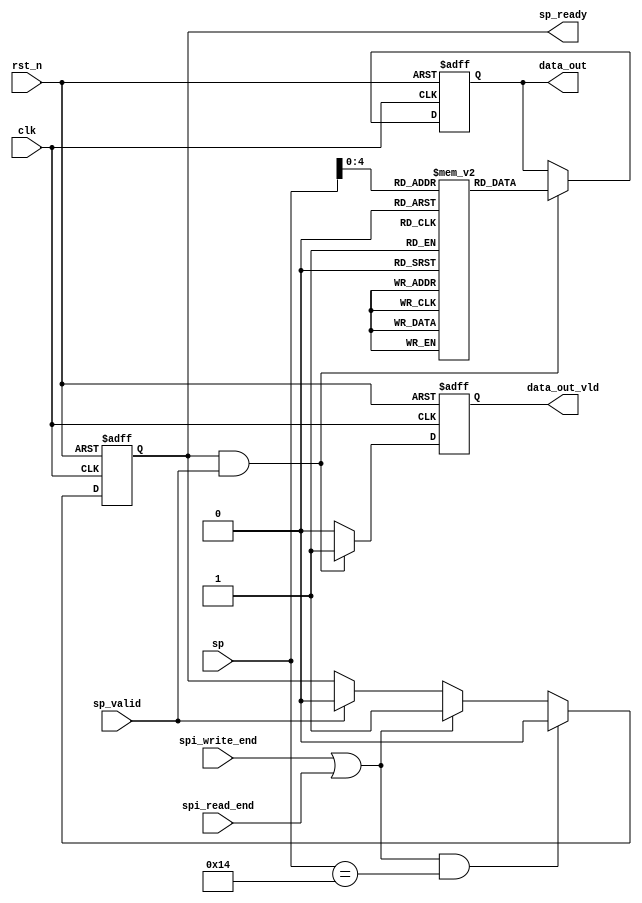
`timescale 1ns / 1ps
//////////////////////////////////////////////////////////////////////////////////
// Company: 
// Engineer: 
// 
// Design Name: 
// Module Name: config_rom
// Project Name: 
// Target Devices: 
// Tool Versions: 
// Description: 
// 
// Dependencies: 
// 
// Revision:
// Revision 0.01 - File Created
// Additional Comments:
// 
//////////////////////////////////////////////////////////////////////////////////


module config_rom(
input   clk,
   input   rst_n,
   input   spi_write_end,
   input   spi_read_end,  
   input [7:0] sp,
   input  sp_valid,
   output reg sp_ready=1'b1,
   output reg [21:0]  data_out,
   output reg         data_out_vld
   );
   reg  [21:0] config_dat [0:20];
 //  initial  begin
 //  //power_on_rst
 //  config_dat[0]={1'b1,13'h000,8'h18};
 //  config_dat[1]={1'b0,13'h000,8'h18}; 
 //  //channel setting
 //  config_dat[2]={1'b1,13'h005,8'h03};
 //  config_dat[3]={1'b0,13'h005,8'h03};    
 // // config_dat[4]={1'b1,13'h0FF,8'h01};  
 // // config_dat[5]={1'b0,13'h0FF,8'h01};  
 // //duty cycle stable 
 //  config_dat[4]={1'b1,13'h009,8'h01};
 // // config_dat[7]={1'b0,13'h009,8'h01};  
 // //output modebinary complement cmos1.8v
 //  config_dat[5]={1'b1,13'h014,8'h81};
 //  
 ////  config_dat[9]={1'b0,13'h014,8'h80};  
 ////output delay set
 //  config_dat[6]={1'b1,13'h017,8'h00};
 //  //config_dat[11]={1'b0,13'h017,8'h00};
 // //chip work mode set   
 //  config_dat[7]={1'b1,13'h008,8'h80};
 // // config_dat[13]={1'b0,13'h008,8'h00};   
 //  config_dat[8]={1'b1,13'h0FF,8'h01};  
 //  config_dat[9]={1'b0,13'h0FF,8'h01};   
 //  config_dat[10]={1'b0,13'h009,8'h01};   
 //  config_dat[11]={1'b0,13'h014,8'h80};    
 //  config_dat[12]={1'b0,13'h017,8'h00};   
 //  config_dat[13]={1'b0,13'h008,8'h00};   
 // //BIST_test
 //  config_dat[14]={1'b1,13'h00E,8'h05};   
 //  config_dat[15]={1'b1,13'h0FF,8'h01}; 
 //  //scan bist_test result
 //  config_dat[16]={1'b0,13'h024,8'h01}; 
 //   // 
 //  end
 
  initial  begin
   //power_on_rst
   config_dat[0]={1'b1,13'h000,8'h18};
   config_dat[1]={1'b0,13'h000,8'h18}; 
   //channel setting
   config_dat[2]={1'b1,13'h005,8'h03};
   config_dat[3]={1'b0,13'h005,8'h03};    
  // config_dat[4]={1'b1,13'h0FF,8'h01};  
  // config_dat[5]={1'b0,13'h0FF,8'h01};  
  //duty cycle stable 
   config_dat[4]={1'b1,13'h009,8'h01};
   config_dat[5]={1'b1,13'h0FF,8'h01};  
  // config_dat[7]={1'b0,13'h009,8'h01};  
  //output modebinary complement cmos1.8v
   config_dat[6]={1'b1,13'h014,8'h81};
   config_dat[7]={1'b1,13'h0FF,8'h01};  
 //  config_dat[9]={1'b0,13'h014,8'h80};  
 //output delay set
   config_dat[8]={1'b1,13'h017,8'h00};
   config_dat[9]={1'b1,13'h0FF,8'h01};  
   //config_dat[11]={1'b0,13'h017,8'h00};
  //chip work mode set   
   config_dat[10]={1'b1,13'h008,8'h80};
  // config_dat[13]={1'b0,13'h008,8'h00};   
   config_dat[11]= {1'b1,13'h0FF,8'h01};  
   config_dat[12]= {1'b0,13'h0FF,8'h01};   
   config_dat[13]={1'b0,13'h009,8'h01};  
   config_dat[14]={1'b0,13'h014,8'h80};    
   config_dat[15]={1'b0,13'h017,8'h00};   
   config_dat[16]={1'b0,13'h008,8'h00};   
  //BIST_test
   config_dat[17]={1'b1,13'h00E,8'h05};   
   config_dat[18]={1'b1,13'h0FF,8'h01}; 
   //scan bist_test result
   config_dat[19]={1'b0,13'h024,8'h01}; 
    // 
   end
 
 always@(posedge clk or negedge rst_n)
  if(rst_n == 1'b0)
    sp_ready<=1;
 else  if((spi_write_end||spi_read_end)&&(sp==7'd20))
    sp_ready<=0;
 else  if(spi_write_end||spi_read_end)
    sp_ready<=1;		
  else  if(sp_valid)
    sp_ready<=0;
  else
    sp_ready<=sp_ready;
	
	
  always@(posedge clk or negedge rst_n)
  if(rst_n == 1'b0)
  begin
  data_out_vld<=0;
  end
  else  if(sp_ready&&sp_valid)
    data_out_vld<=1;		
  else
     data_out_vld<=0;
	 
  always@(posedge clk or negedge rst_n)
  if(rst_n == 1'b0)
  data_out<=0;
  else  if(sp_ready&&sp_valid)
  data_out<=config_dat[sp];		
  else
   data_out<=data_out;	 
	 
	 endmodule